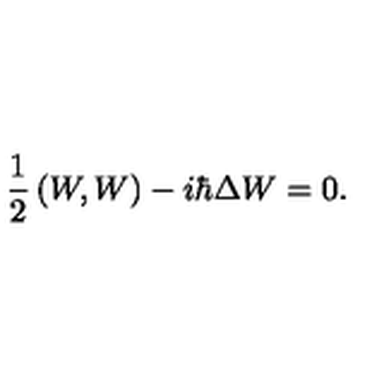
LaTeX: { \frac { 1 } { 2 } } \left( W , W \right) - i \hbar \Delta W = 0 .